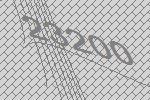
23200